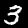
Label: 3